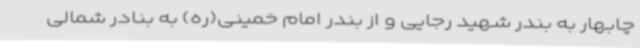
چابهار به بندر شهید رجایی و از بندر امام خمینی(ره) به بنادر شمالی